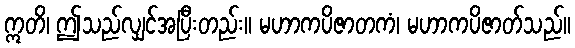
ဣတိ၊ ဤသည်လျှင်အပြီးတည်း။ မဟာကပိဇာတကံ၊ မဟာကပိဇာတ်သည်။